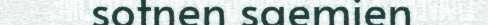
sotnen saemien